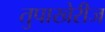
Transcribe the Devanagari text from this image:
तुपाखेरीज